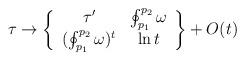
LaTeX: \begin{align*}\tau\to \left\{\begin{array}{cc}\tau^{\prime} & \oint_{p_1}^{p_2}\omega \\ (\oint_{p_1}^{p_2}\omega)^t & \ln t \\\end{array}\right \} + O(t)\end{align*}